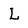
Character: L